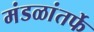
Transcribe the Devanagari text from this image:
मंडळांतर्फे